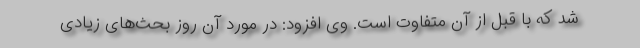
شد که با قبل از آن متفاوت است. وی افزود: در مورد آن روز بحث‌های زیادی